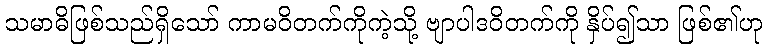
သမာဓိဖြစ်သည်ရှိသော် ကာမဝိတက်ကိုကဲ့သို့ ဗျာပါဒဝိတက်ကို နှိပ်၍သာ ဖြစ်၏ဟု